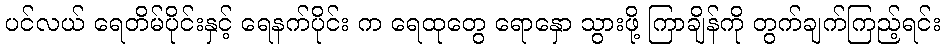
ပင်လယ် ရေတိမ်ပိုင်းနှင့် ရေနက်ပိုင်း က ရေထုတွေ ရောနှော သွားဖို့ ကြာချိန်ကို တွက်ချက်ကြည့်ရင်း